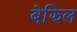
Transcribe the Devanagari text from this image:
बेझिल